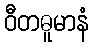
ဝီတဓူမာနံ